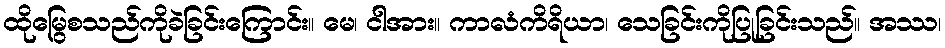
ထိုမြွေစသည်ကိုခဲခြင်းကြောင်း။ မေ၊ ငါအား။ ကာလံကိရိယာ၊ သေခြင်းကိုပြုခြင်းသည်။ အဿ၊